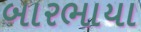
બારભાયા